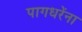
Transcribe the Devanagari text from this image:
पागधरेंना